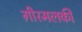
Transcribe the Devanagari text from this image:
ग़ीरमलकी